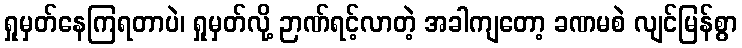
ရှုမှတ်နေကြရတာပဲ၊ ရှုမှတ်လို့ ဉာဏ်ရင့်လာတဲ့ အခါကျတော့ ခဏမစဲ လျင်မြန်စွာ